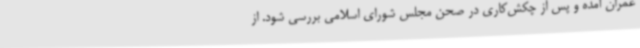
عمران آمده و پس از چکش‌کاری در صحن مجلس شورای اسلامی بررسی شود. از